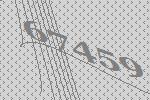
67459